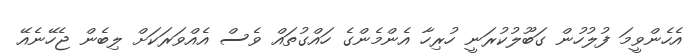
އެހެންވީމަ ފުލުހުން ގަބޫލުކުރަނީ ހުރިހާ އެންމެންގެ ހައްގުތައް ވެސް އެއްވަރަކަށް ލިބެން ޖެހޭނެއޭ